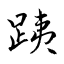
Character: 跠